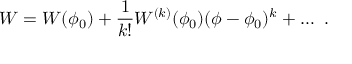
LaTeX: W = W ( \phi _ { 0 } ) + { \frac { 1 } { k ! } } W ^ { ( k ) } ( \phi _ { 0 } ) ( \phi - \phi _ { 0 } ) ^ { k } + \dots ~ .